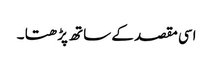
اسی مقصد کے ساتھ پڑھتا ۔